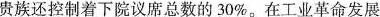
贵族还控制着下院议席总数的30%。在工业革命发展